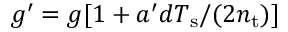
g ^ { \prime } = g [ 1 + a ^ { \prime } d T _ { \mathrm { s } } / ( 2 n _ { \mathrm { t } } ) ]